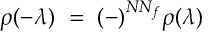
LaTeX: \rho ( - \lambda ) ~ = ~ ( - ) ^ { N N _ { f } } \rho ( \lambda )